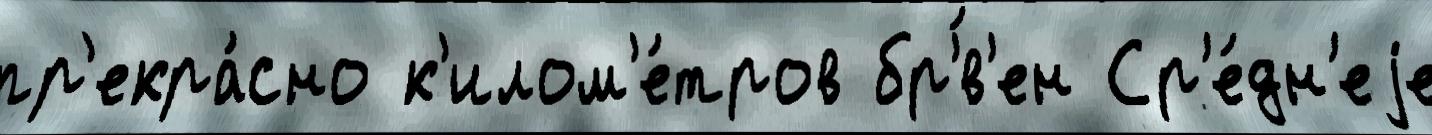
пр'екра́сно к'илом'е́тров бр'́в'ен Ср'е́дн'еjе